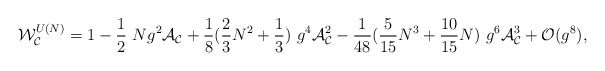
\begin{align*}{\cal W}_{{\cal C}}^{U(N)}=1-\frac{1}{2}~N g^2 {\cal A}_{{\cal C}}+\frac{1}{8} (\frac{2}{3} N^2+ \frac{1}{3})~g^4 {\cal A}_{{\cal C}}^2-\frac{1}{48} (\frac{5}{15} N^3+ \frac{10}{15} N)~g^6 {\cal A}_{{\cal C}}^3 + {\cal O}(g^8),\end{align*}